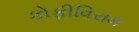
કોફીવિરામ